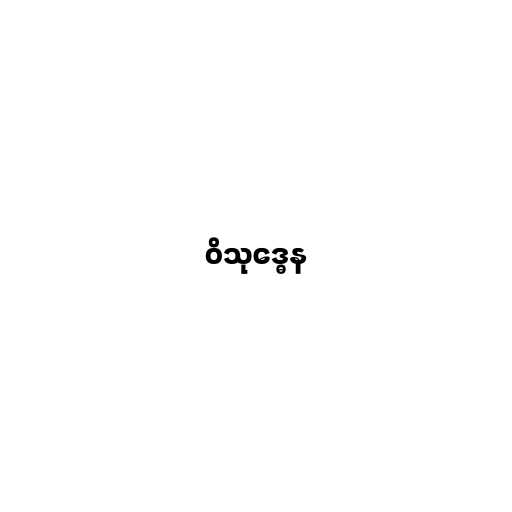
ဝိသုဒ္ဓေန